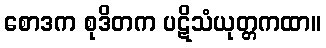
စောဒက စုဒိတက ပဋိသံယုတ္တကထာ။